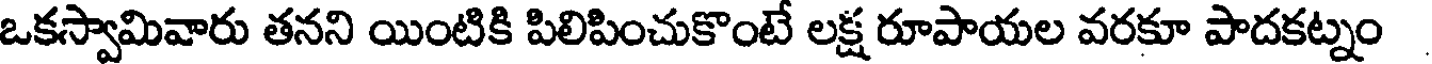
ఒకస్వామివారు తనని యింటికి పిలిపించుకొంటే లక్ష రూపాయల వరకూ పాదకట్నం